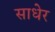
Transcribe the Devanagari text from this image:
साधेर